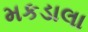
મકડાલા